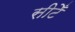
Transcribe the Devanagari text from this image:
सीटेँ